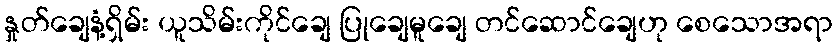
နှုတ်ချေနံ့ရှိမ်း ယူသိမ်းကိုင်ချေ ပြုချေမူချေ တင်ဆောင်ချေဟု စေသောအရာ